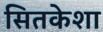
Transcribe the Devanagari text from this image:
सितकेशा